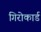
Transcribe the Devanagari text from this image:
गिरोकार्ड